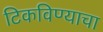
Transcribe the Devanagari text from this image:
टिकविण्याचा